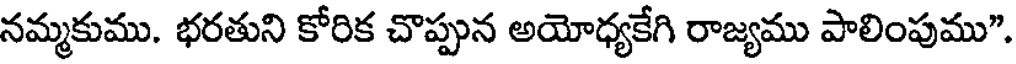
నమ్మకుము. భరతుని కోరిక చొప్పున అయోధ్యకేగి రాజ్యము పాలింపుము".